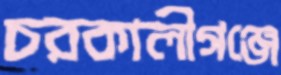
চরকালীগঞ্জে